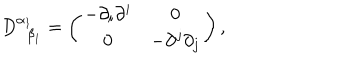
LaTeX: D _ { \; \; \beta _ { 1 } } ^ { \alpha _ { 1 } } = \left( \begin{array} { c c } { { - \partial _ { i } \partial ^ { i } } } & { { 0 } } \\ { { 0 } } & { { - \partial ^ { j } \partial _ { j } } } \\ \end{array} \right) ,